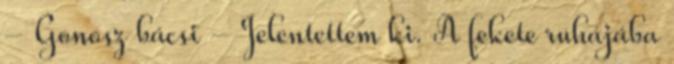
- Gonosz bácsi - Jelentettem ki. A fekete ruhájába